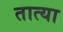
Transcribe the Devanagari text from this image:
तात्‍या